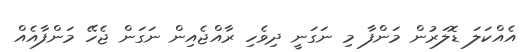
އެއްކަލަ ޑޮލަރުން މަންފާ މި ނަގަނީ ދިވެހި ރާއްޖެއިން ނަގަން ޖެހޭ މަންފާއެއް